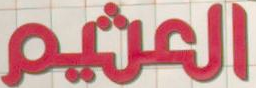
العثيم